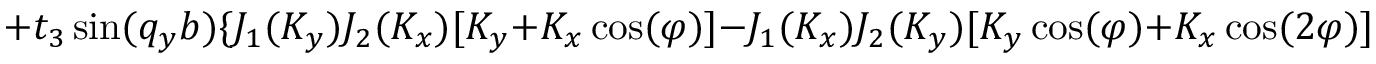
+ t _ { 3 } \sin ( q _ { y } b ) \{ J _ { 1 } ( K _ { y } ) J _ { 2 } ( K _ { x } ) [ K _ { y } + K _ { x } \cos ( \varphi ) ] - J _ { 1 } ( K _ { x } ) J _ { 2 } ( K _ { y } ) [ K _ { y } \cos ( \varphi ) + K _ { x } \cos ( 2 \varphi ) ] \} \} / 3